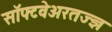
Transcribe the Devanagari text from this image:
सॉफ्टवेअरतज्ज्ञ